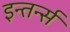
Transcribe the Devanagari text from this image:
इन्तर्न्स